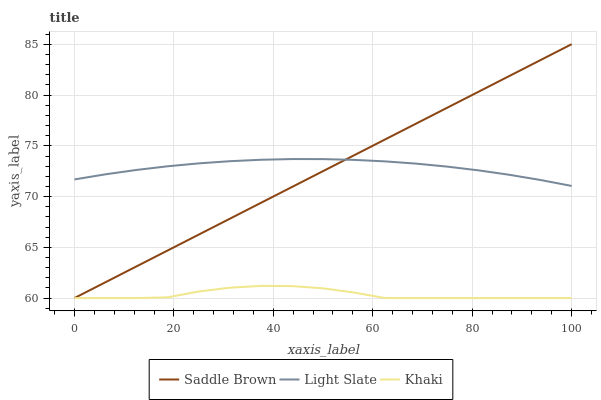
| xaxis_label | Saddle Brown | Light Slate | Khaki |
 | --- | --- | --- | --- |
 | 0 | 60 | 71.7 | 60 |
 | 6.25 | 61.6 | 72.2 | 60 |
 | 12.5 | 63.1 | 72.6 | 60 |
 | 18.8 | 64.7 | 73 | 60.1 |
 | 25 | 66.3 | 73.3 | 60.6 |
 | 31.2 | 67.8 | 73.5 | 61 |
 | 37.5 | 69.4 | 73.6 | 61.2 |
 | 43.8 | 70.9 | 73.7 | 61.2 |
 | 50 | 72.5 | 73.7 | 61 |
 | 56.2 | 74.1 | 73.6 | 60.5 |
 | 62.5 | 75.6 | 73.5 | 60 |
 | 68.8 | 77.2 | 73.2 | 60 |
 | 75 | 78.8 | 73 | 60 |
 | 81.2 | 80.3 | 72.6 | 60 |
 | 87.5 | 81.9 | 72.1 | 60 |
 | 93.8 | 83.5 | 71.6 | 60 |
 | 100 | 85 | 71.1 | 60 |